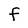
Character: F